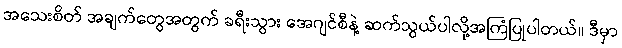
အသေးစိတ် အချက်တွေအတွက် ခရီးသွား အေဂျင်စီနဲ့ ဆက်သွယ်ပါလို့အကြံပြုပါတယ်။ ဒီမှာ